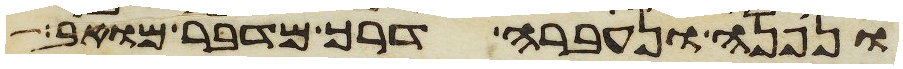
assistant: ונפנה ונעברה דרך מדבר מואב